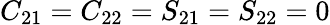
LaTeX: C_{21}=C_{22}=S_{21}=S_{22}=0